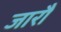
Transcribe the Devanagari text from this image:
जारौं